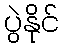
ပွဲနိုင်